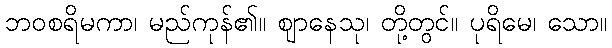
ဘဝစရိမကာ၊ မည်ကုန်၏။ ဈာနေသု၊ တို့တွင်။ ပုရိမေ၊ သော။